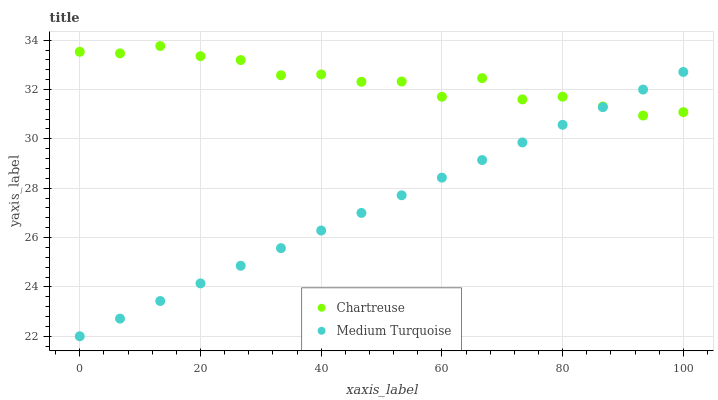
| xaxis_label | Chartreuse | Medium Turquoise |
 | --- | --- | --- |
 | 0 | 33.5 | 22 |
 | 6.67 | 33.5 | 22.7 |
 | 13.3 | 33.8 | 23.4 |
 | 20 | 33.4 | 24.1 |
 | 26.7 | 33.2 | 24.9 |
 | 33.3 | 32.6 | 25.6 |
 | 40 | 32.6 | 26.3 |
 | 46.7 | 32.3 | 27 |
 | 53.3 | 32.3 | 27.7 |
 | 60 | 31.7 | 28.4 |
 | 66.7 | 32.5 | 29.1 |
 | 73.3 | 31.6 | 29.9 |
 | 80 | 31.7 | 30.6 |
 | 86.7 | 31.3 | 31.3 |
 | 93.3 | 30.9 | 32 |
 | 100 | 31.1 | 32.7 |